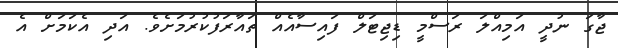
ޖާގަ ނުދީ އަމިއްލަ ރަސްމީ ޑިޖިޓަލް ފައިސާއެއް ތައާރަފުކުރުމަށެވެ. އަދި އެކަމަށް އެ